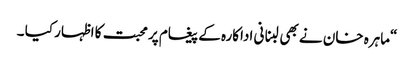
“ماہرہ خان نے بھی لبنانی اداکارہ کے پیغام پر محبت کا اظہار کیا ۔